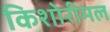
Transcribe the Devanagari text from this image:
किशोरीमल